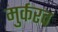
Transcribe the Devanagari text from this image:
मुर्करव